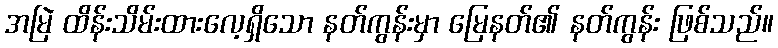
အမြဲ ထိန်းသိမ်းထားလေ့ရှိသော နတ်ကွန်းမှာ မြေနတ်၏ နတ်ကွန်း ဖြစ်သည်။